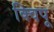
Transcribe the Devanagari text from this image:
क्विपू